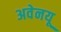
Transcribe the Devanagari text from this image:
अवेनयू